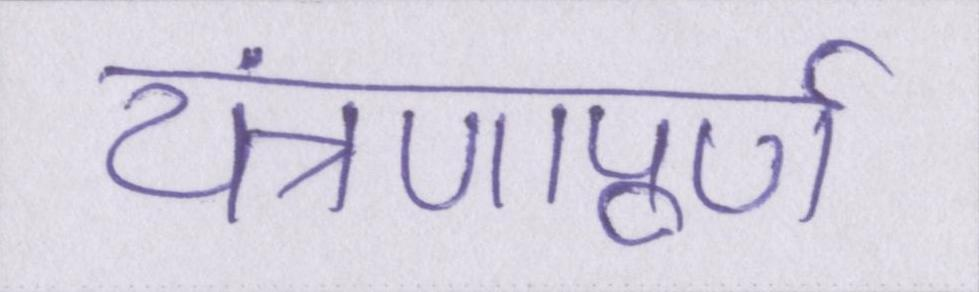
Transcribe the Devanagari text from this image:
यंत्रणापूर्ण